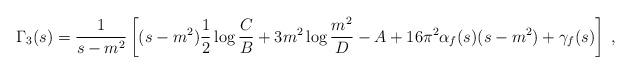
LaTeX: \begin{align*}\Gamma_3(s) = \frac{1}{s-m^2}\left[(s-m^2)\frac{1}{2}\log\frac{C}{B} + 3m^2\log\frac{m^2}{D}-A +16\pi^2\alpha_f(s)(s-m^2)+\gamma_f(s)\right] \; ,\end{align*}